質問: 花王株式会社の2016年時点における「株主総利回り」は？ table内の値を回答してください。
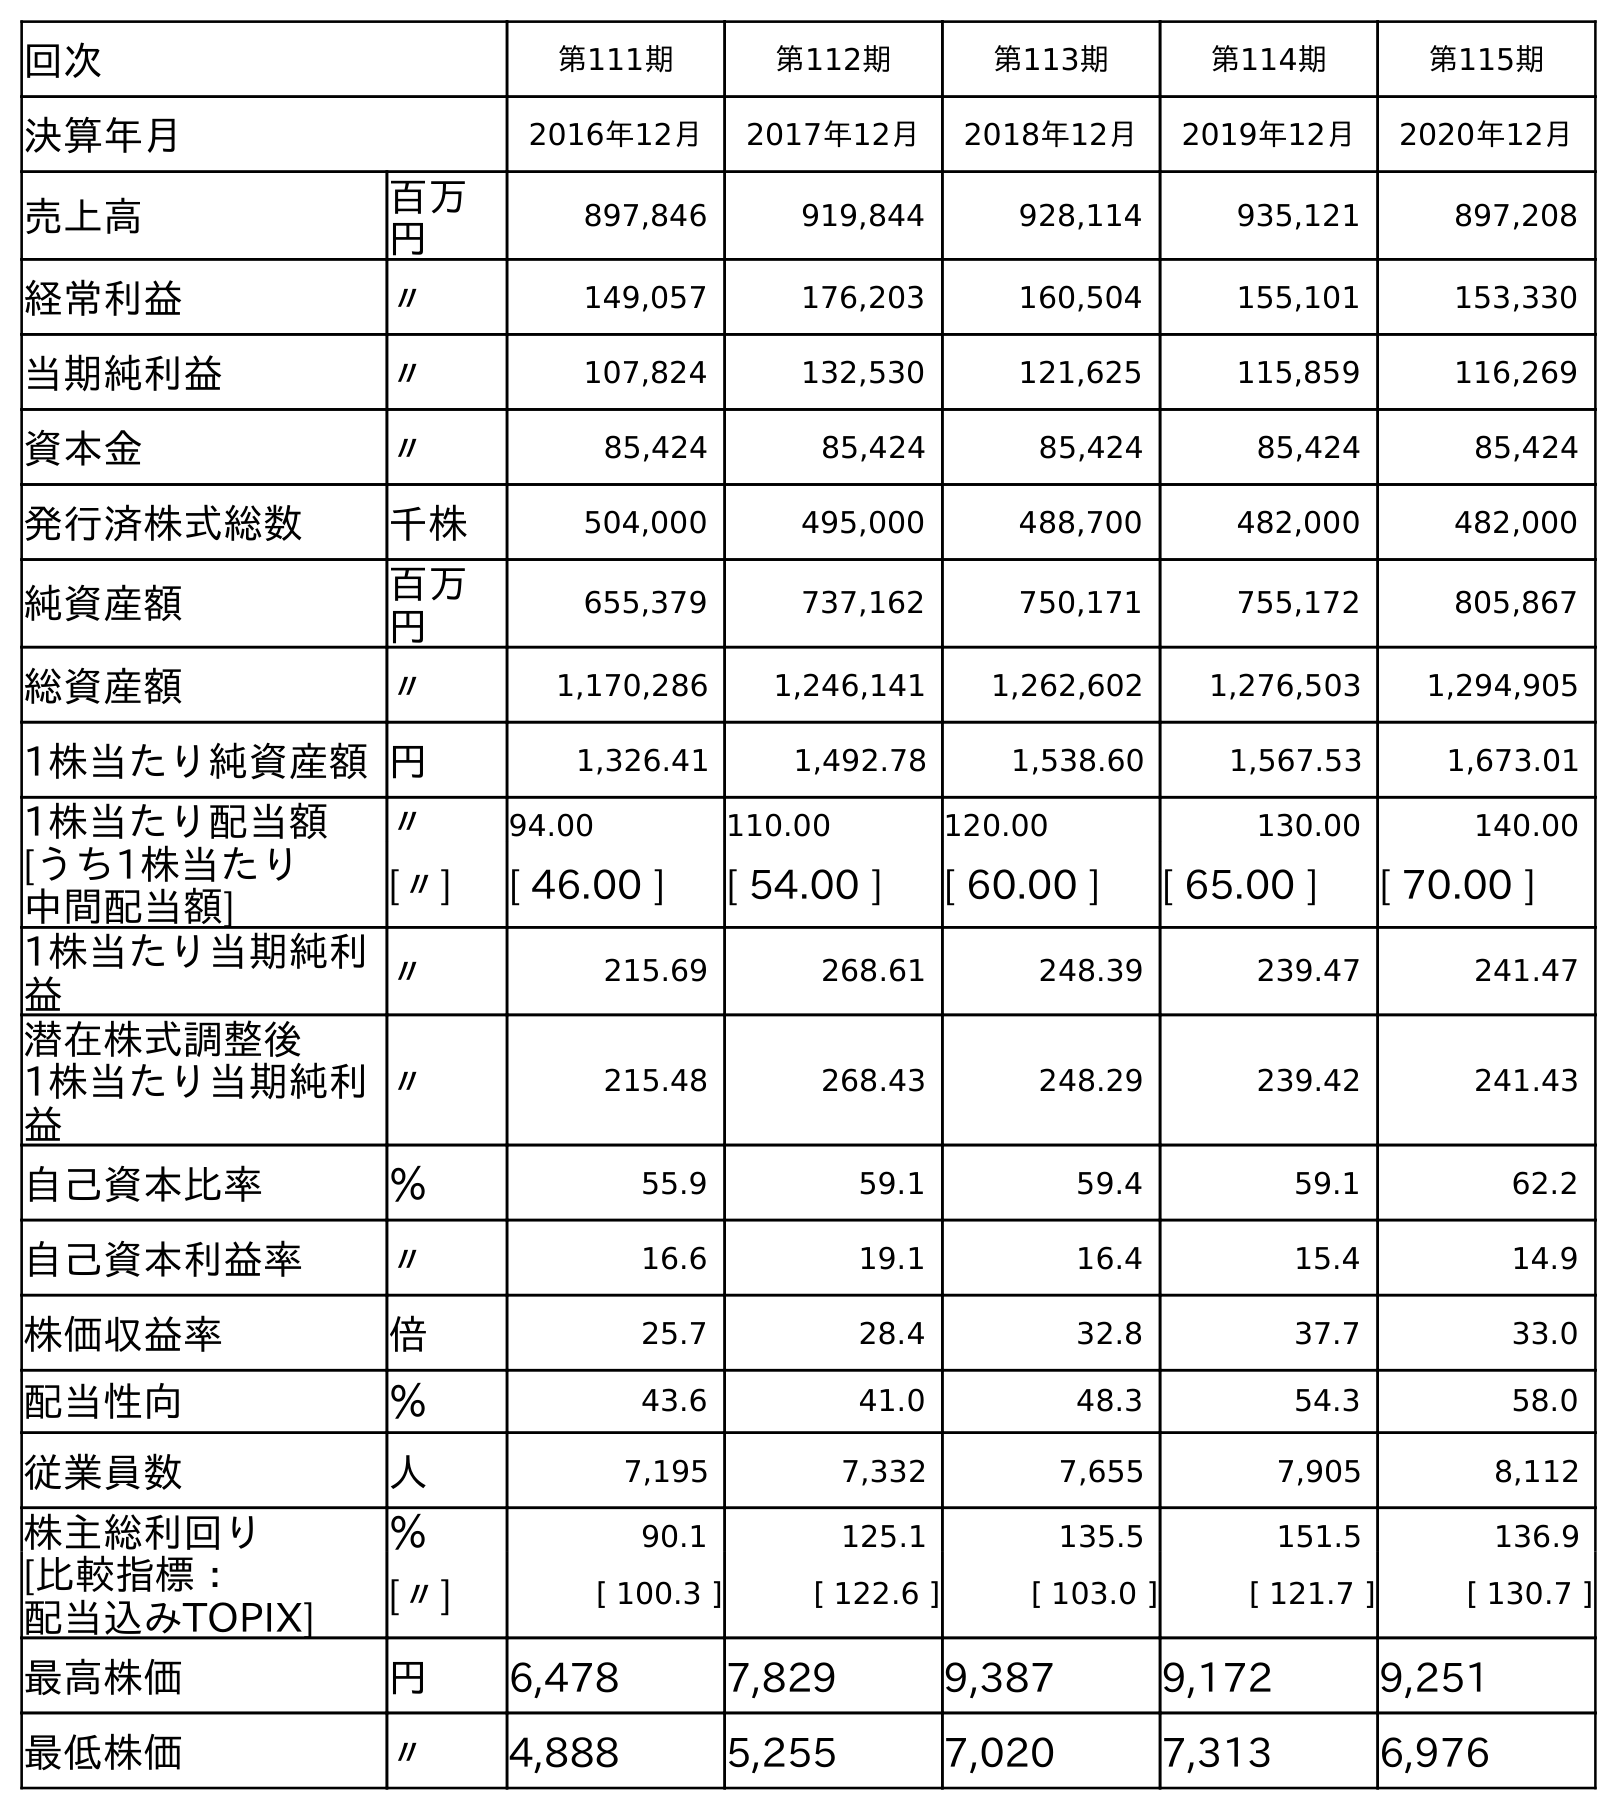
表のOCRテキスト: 回次 第111期 第112期 第113期 第114期 第115期 決算年月 2016年12月 2017年12月 2018年12月 2019年12月 2020年12月 売上高 百万 円 897,846 919,844 928,114 935,121 897,208 経常利益 〃 149,057 176,203 160,504 155,101 153,330 当期純利益 〃 107,824 132,530 121,625 115,859 116,269 資本金 〃 85,424 85,424 85,424 85,424 85,424 発行済株式総数 千株 504,000 495,000 488,700 482,000 482,000 純資産額 百万 円 655,379 737,162 750,171 755,172 805,867 総資産額 〃 1,170,286 1,246,141 1,262,602 1,276,503 1,294,905 1株当たり純資産額円 1,326.41 1,492.78 1,538.60 1,567.53 1,673.01 1株当たり配当額 〃 94.00 110.00 120.00 130.00 140.00 [うち1株当たり 中間配当額] [〃] [ 46.00 ] [ 54.00 ] [ 60.00 ] [ 65.00 ] [ 70.00 ] 1株当たり当期純利 益 〃 215.69 268.61 248.39 239.47 241.47 潜在株式調整後 1株当たり当期純利 益 〃 215.48 268.43 248.29 239.42 241.43 自己資本比率 ％ 55.9 59.1 59.4 59.1 62.2 自己資本利益率 〃 16.6 19.1 16.4 15.4 14.9 株価収益率 倍 25.7 28.4 32.8 37.7 33.0 配当性向 ％ 43.6 41.0 48.3 54.3 58.0 従業員数 人 7,195 7,332 7,655 7,905 8,112 株主総利回り ％ 90.1 125.1 135.5 151.5 136.9 [比較指標： 配当込みTOPIX] [〃] [ 100.3 ] [ 122.6 ] [ 103.0 ] [ 121.7 ] [ 130.7 ] 最高株価 円 6,478 7,829 9,387 9,172 9,251 最低株価 〃 4,888 5,255 7,020 7,313 6,976
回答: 90.1